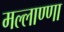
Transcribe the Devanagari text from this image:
मल्लाण्णा